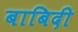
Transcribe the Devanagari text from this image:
बाबिदी